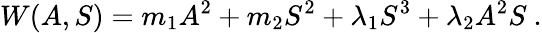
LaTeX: W(A,S)=m_{1}A^{2}+m_{2}S^{2}+\lambda_{1}S^{3}+\lambda_{2}A^{2}S~.